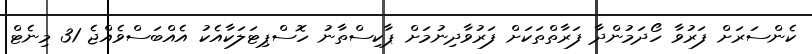
ކެންސަރަށް ފަރުވާ ހޯދަމުންދާ ފަރާތްތަކަށް ފަރުވާދިނުމަށް ޕާކިސްތާނު ހޮސްޕިޓަލަކާއެކު އެއްބަސްވެއްޖެ 31 މިނެޓް